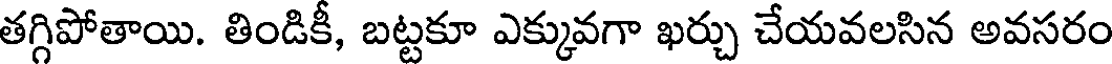
తగ్గిపోతాయి. తిండికీ, బట్టకూ ఎక్కువగా ఖర్చు చేయవలసిన అవసరం